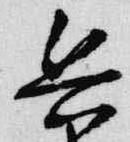
兵